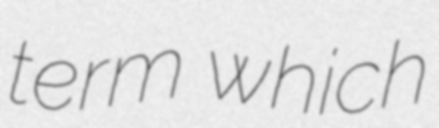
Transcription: term which